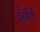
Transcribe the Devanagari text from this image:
हुंबाड